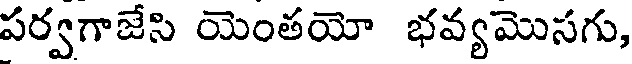
పర్వగాజేసి యెంతయో భవ్యమొసగు,